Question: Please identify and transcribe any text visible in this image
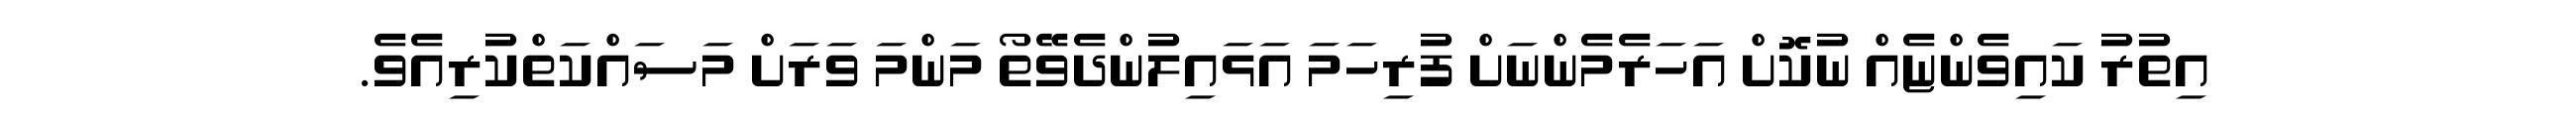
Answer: އިތުރު ކައިވެންޏެއް ނުކޮށް އަހަރެމެންނަށް ފުރިހަމަ އަޅައިލުންދެވޭތޯ މަންމަ ވަރަށް މަސައްކަތްކުރިއެވެ.